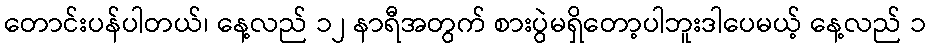
တောင်းပန်ပါတယ်၊ နေ့လည် ၁၂ နာရီအတွက် စားပွဲမရှိတော့ပါဘူးဒါပေမယ့် နေ့လည် ၁